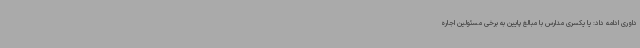
داوری ادامه داد: یا یکسری مدارس با مبالغ پایین به برخی مسئولین اجاره